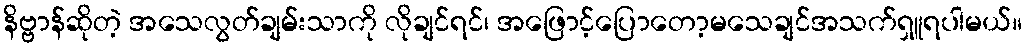
နိဗ္ဗာန်ဆိုတဲ့ အသေလွတ်ချမ်းသာကို လိုချင်ရင်၊ အဖြောင့်ပြောတော့မသေချင်အသက်ရှူရပါမယ်။